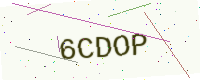
Text: 6CDOP